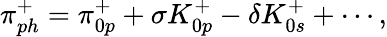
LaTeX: \pi_{ph}^{+}=\pi_{0p}^{+}+\sigma K_{0p}^{+}-\delta K_{0s}^{+}+\cdots,